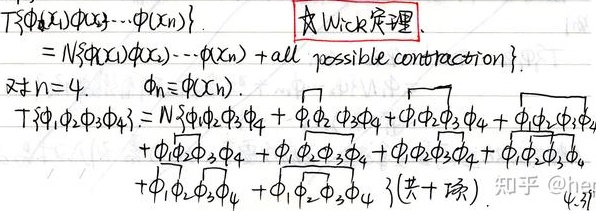
\[
\begin{align*}
&T\left\{\phi(x_1)\phi(x_2)\cdots\phi(x_n)\right\}\\
=&N\left\{\phi(x_1)\phi(x_2)\cdots\phi(x_n)+\text{所有可能的缩并}\right\}.
\end{align*}
\]
对 \(n = 4\)，\(\phi_n\equiv\phi(x_n)\)。
\[
\begin{align*}
&T\left\{\phi_1\phi_2\phi_3\phi_4\right\}\\
=&N\left\{\phi_1\phi_2\phi_3\phi_4+\overbrace{\phi_1\phi_2}\phi_3\phi_4+\phi_1\overbrace{\phi_2\phi_3}\phi_4+\phi_1\phi_2\overbrace{\phi_3\phi_4}+\overbrace{\phi_1\phi_2}\overbrace{\phi_3\phi_4}+\phi_1\overbrace{\phi_2\phi_3}\overbrace{\phi_4}+\overbrace{\phi_1\phi_2}\phi_3\overbrace{\phi_4}+\overbrace{\phi_1\phi_2\phi_3}\phi_4+\phi_1\overbrace{\phi_2\phi_3\phi_4}\right\}\text{（共若干项）}
\end{align*}
\]
**☆Wick定理**